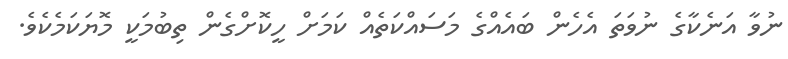
ނުވާ އަނެކާގެ ނުވަތަ އެހެން ބައެއްގެ މަސައްކަތެއް ކަމަށް ހީކޮށްގެން ތިބުމަކީ މޮޔަކަމެކެވެ.